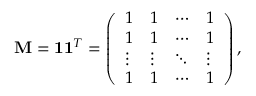
\mathbf { M } = \mathbf { 1 } \mathbf { 1 } ^ { T } = \left( \begin{array} { l l l l } { 1 } & { 1 } & { \cdots } & { 1 } \\ { 1 } & { 1 } & { \cdots } & { 1 } \\ { \vdots } & { \vdots } & { \ddots } & { \vdots } \\ { 1 } & { 1 } & { \cdots } & { 1 } \end{array} \right) ,